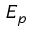
E _ { p }